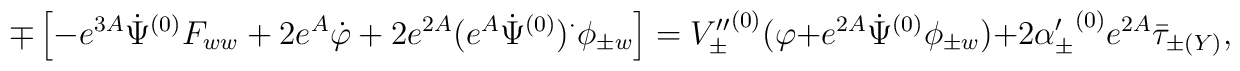
\mp\left[-e^{3A}\dot{\Psi}^{(0)}F_{ww}+2e^A\dot{\varphi}   +2e^{2A}(e^A\dot{\Psi}^{(0)})^{\cdot}\phi_{\pm w}\right] = {V''_{\pm}}^{(0)}(\varphi+e^{2A}\dot{\Psi}^{(0)}\phi_{\pm w}) + 2{\alpha'_{\pm}}^{(0)}e^{2A}\bar{\tau}_{\pm(Y)},